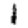
Digit: 1